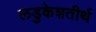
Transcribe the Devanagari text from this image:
लडुकेशतीर्थ